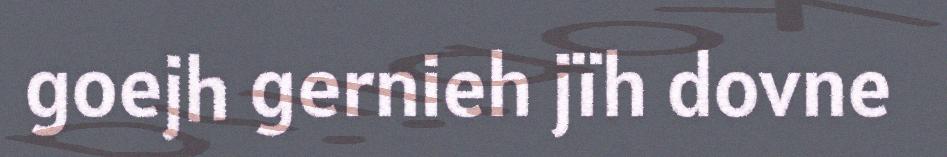
goejh gernieh jïh dovne